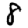
Digit: 8